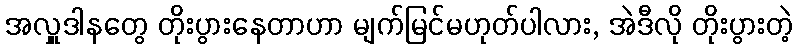
အလှူဒါနတွေ တိုးပွားနေတာဟာ မျက်မြင်မဟုတ်ပါလား, အဲဒီလို တိုးပွားတဲ့